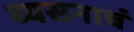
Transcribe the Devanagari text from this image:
व्यसनाचं